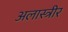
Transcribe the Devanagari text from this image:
अलास्त्रीर